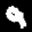
Label: 9